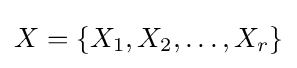
X=\{X_{1},X_{2},\ldots ,X_{r}\}